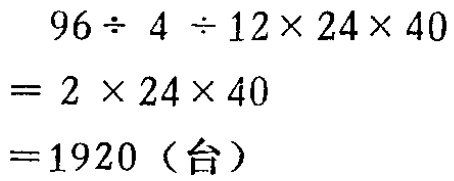
\[
\begin{align*}
&96\div4\div12\times24\times40\\
=&2\times24\times40\\
=&1920（台）
\end{align*}
\]